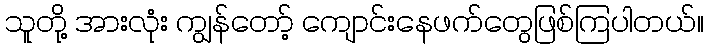
သူတို့ အားလုံး ကျွန်တော့် ကျောင်းနေဖက်တွေဖြစ်ကြပါတယ်။